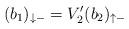
LaTeX: \begin{align*}(b_1)_{\downarrow-} = V_2^{\prime}(b_2)_{\uparrow-}\end{align*}